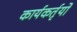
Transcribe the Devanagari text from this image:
कार्यकर्तृयों